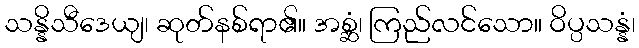
သန္နိသီဒေယျ၊ ဆုတ်နစ်ရာ၏။ အစ္ဆံ၊ ကြည်လင်သော။ ဝိပ္ပသန္နံ၊